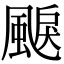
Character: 𩗭